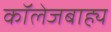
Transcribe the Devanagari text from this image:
कॉलेजबाह्य